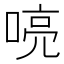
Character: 喨